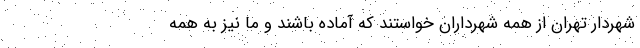
شهردار تهران از همه شهرداران خواستند که آماده باشند و ما نیز به همه